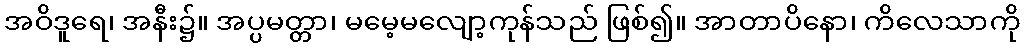
အဝိဒူရေ၊ အနီး၌။ အပ္ပမတ္တာ၊ မမေ့မလျော့ကုန်သည် ဖြစ်၍။ အာတာပိနော၊ ကိလေသာကို